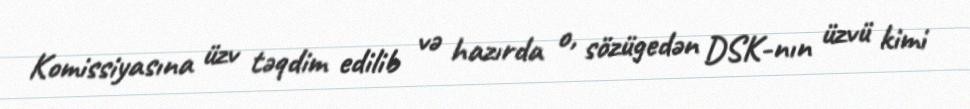
Komissiyasına üzv təqdim edilib və hazırda o, sözügedən DSK-nın üzvü kimi